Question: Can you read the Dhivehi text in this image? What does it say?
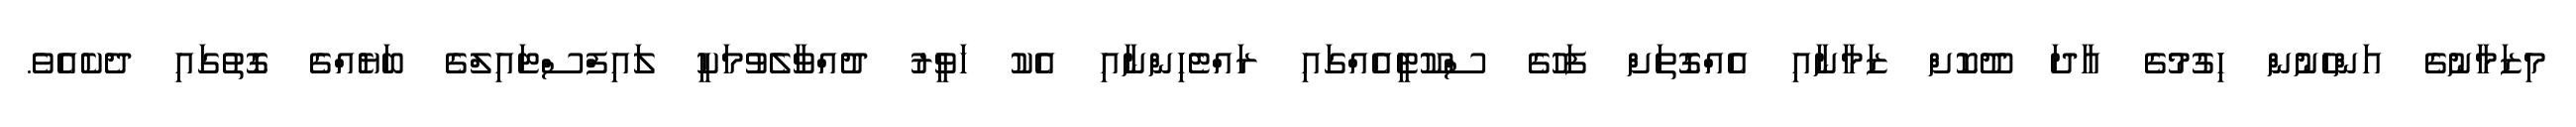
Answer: މިޒަމާނުގެ އަންހެނުން ހިގުމުގެ އާދަ ދޫކޮށް ޒަމާނާއި އެއްގޮތަށް ފަހުގެ ސްކޫޓީއެއްގައި ރައްޓެހިންނާއި އެކު ހަވީރު ދުއްވާލެވުމަކީ ލައިފްސްޓައިލްގެ ބަޔެއްގެ ގޮތުގައި ދެކެއެވެ.